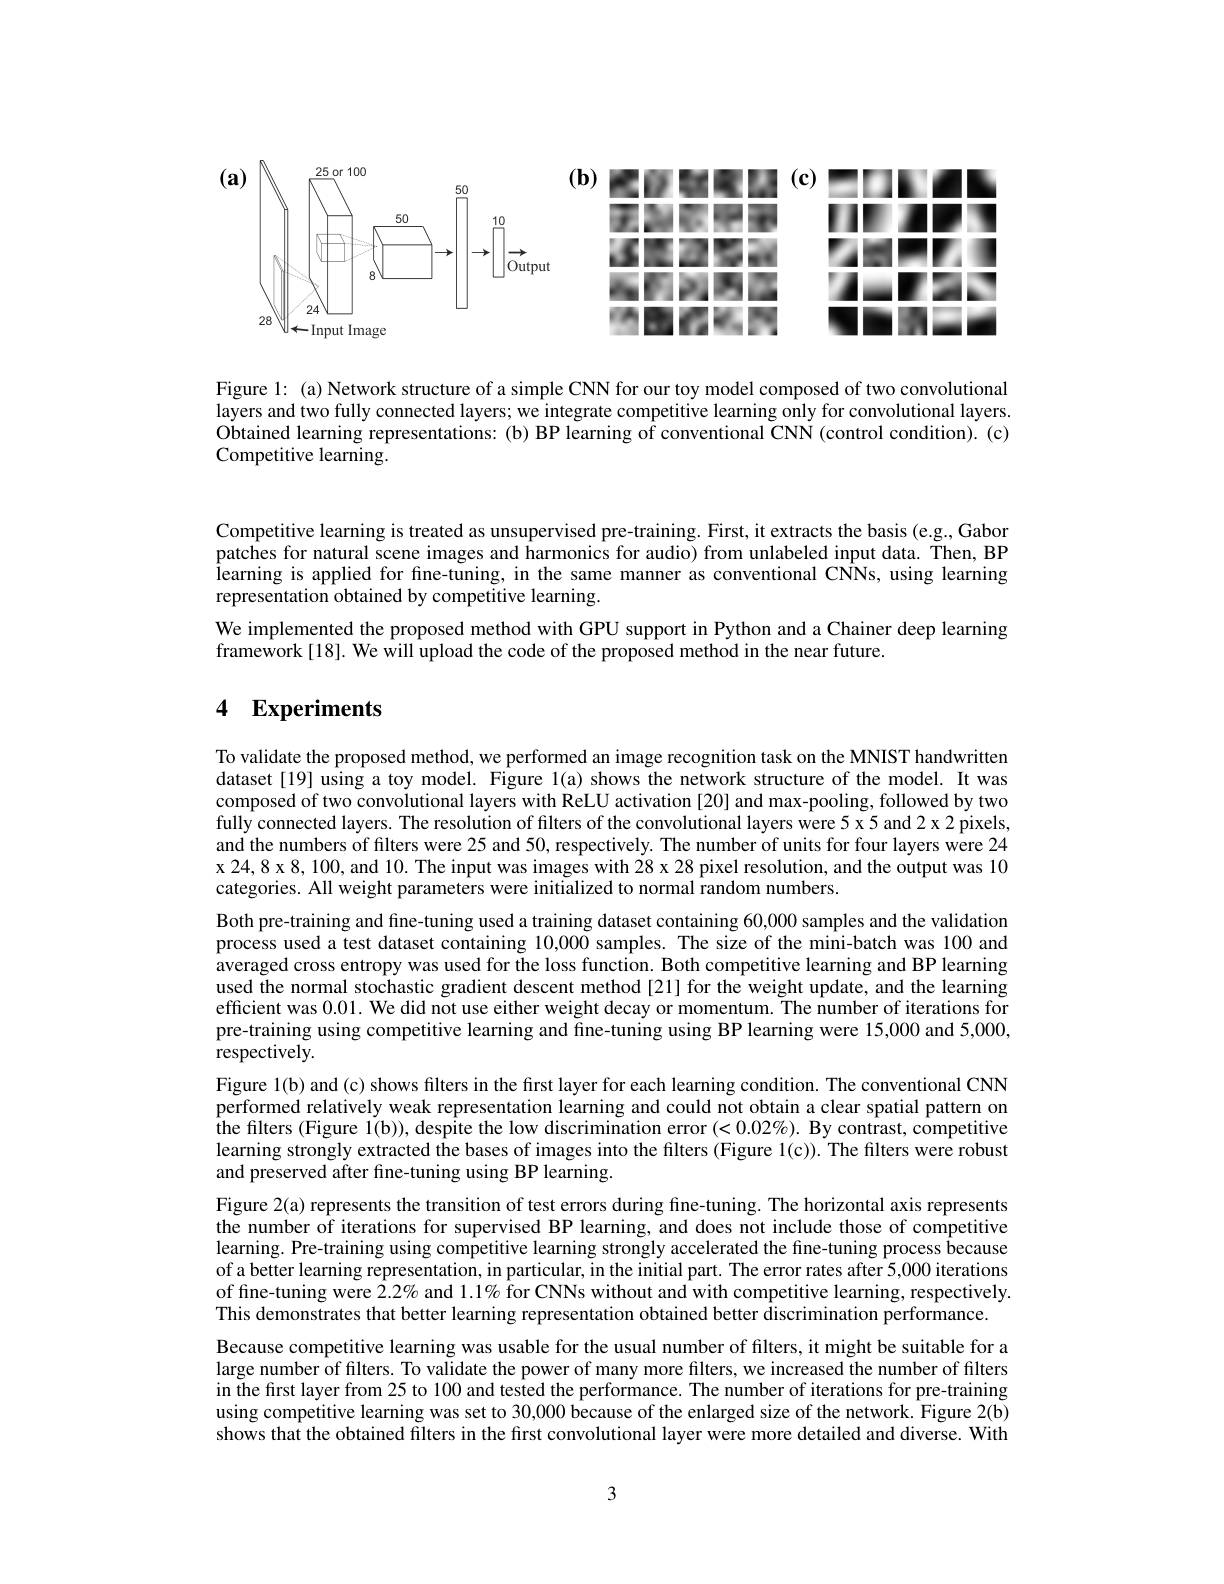
$(\mathbf{a})$
<FigureHere>

(b) 他们的歌歌人(c)

1-12214
FINS 雪曲名私刚
10

Figure 1: (a) Network structure of a simple CNN for our toy model composed of two convolutional layers and two fully connected layers; we integrate competitive learning only for convolutional layers. $\dot{\text{Obtained learning representations: (b) BP learning of conventional CNN (control condition). (c)}}$ Competitive learning.

Competitive learning is treated as unsupervised pre-training. First, it extracts the basis (e.g., Gabor patches for natural scene images and harmonics for audio) from unlabeled input data. Then, BP learning is applied for fne-tuning, in the same manner as conventional CNNs, using learning representation obtained by competitive learning.
We implemented the proposed method with GPU support in Python and a Chainer deep learning
framework[18]. We will upload the code of the proposed method in the near future.

# 4 $\mathbf{Experiments}$

To validate the proposed method, we performed an image recognition task on the MNIST handwritten dataset [19] using a toy model. Figure l(a) shows the network structure of the model. It was composed of two convolutional layers with ReLU activation [20] and max-pooling, followed by two fully connected layers. The resolution of filters of the convolutional layers were 5 x 5 and 2 x 2 pixels, and the numbers of filters were 25 and 50, respectively. The number of units for four layers were 24 x 24, 8 x 8, 100, and 10. The input was images with 28 x 28 pixel resolution, and the output was 10 categories. All weight parameters were initialized to normal random numbers.
Both pre-training and fine-tuning used a training dataset containing 60,000 samples and the validation process used a test dataset containing 10,0000 samples. The size of the mini-batch was 100 and averaged cross entropy was used for the loss function. Both competitive learning and BP learning used the normal stochastic gradient descent method[21] for the weight update, and the learning efficient was 0.01. We did not use either weight decay or momentum. The number of iterations for pre-training using competitive learning and fine-tuning using BP learning were 15,000 and 5,000, respectively.
Figure 1(b) and (c) shows filters in the first layer for each learning condition. The conventional CNN performed relatively weak representation learning and could not obtain a clear spatial pattern on $\hat{\text{the filters (Figure 1(b)), desp\^{ı}tethelowdiscrimination error}(<0.02\%).\text{By contrast, competitive}}$ learning strongly extracted the bases of images into the filters (Figure 1(c)). The filters were robust and preserved after fine-tuning using BP learning.
Figure 2(a) represents the transition of test errors during fine-tuning. The horizontal axis represents the number of iterations for supervised BP learning, and does not include those of competitive learning. Pre-training using competitive learning strongly accelerated the fine-tuning process because of a better learning representation, in particular, in the initial part. The error rates after 5,000 iterations of fine-tuning were $\hat{2}.2\%$ and 1.1% for CNNs without and with competitive learning, respectively. This demonstrates that better learning representation obtained better discrimination performance.
Because competitive learning was usable for the usual number of filters, it might be suitable for a large number of filters. To validate the power of many more filters, we increased the number of filters in the first layer from 25 to 100 and tested the performance. The number of iterations for pre-training using competitive learning was set to 30,000 because of the enlarged size of the network. Figure 2(b) shows that the obtained filters in the first convolutional layer were more detailed and diverse. With

3